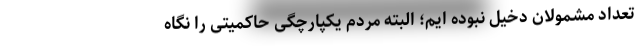
تعداد مشمولان دخیل نبوده ایم؛ البته مردم یکپارچگی حاکمیتی را نگاه